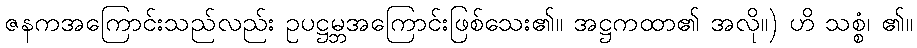
ဇနကအကြောင်းသည်လည်း ဥပဋ္ဌမ္ဘအကြောင်းဖြစ်သေး၏။ အဋ္ဌကထာ၏ အလို။) ဟိ သစ္စံ၊ ၏။